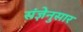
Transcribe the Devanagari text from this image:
संज्ञेनुसार